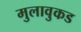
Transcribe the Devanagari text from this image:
मुलावुकड